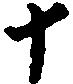
十